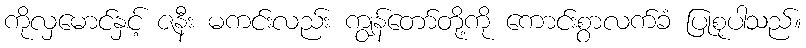
ကိုလှမောင်နှင့် ဇနီး မကင်းလည်း ကျွန်တော်တို့ကို ကောင်းစွာလက်ခံ ပြုစုပါသည်။